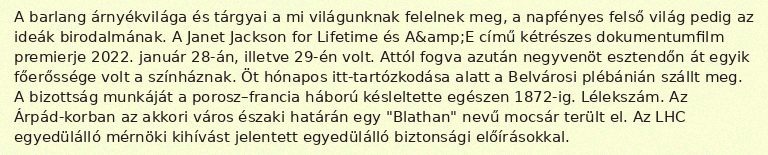
A barlang árnyékvilága és tárgyai a mi világunknak felelnek meg, a napfényes felső világ pedig az ideák birodalmának. A Janet Jackson for Lifetime és A&amp;E című kétrészes dokumentumfilm premierje 2022. január 28-án, illetve 29-én volt. Attól fogva azután negyvenöt esztendőn át egyik főerőssége volt a színháznak. Öt hónapos itt-tartózkodása alatt a Belvárosi plébánián szállt meg. A bizottság munkáját a porosz–francia háború késleltette egészen 1872-ig. Lélekszám. Az Árpád-korban az akkori város északi határán egy "Blathan" nevű mocsár terült el. Az LHC egyedülálló mérnöki kihívást jelentett egyedülálló biztonsági előírásokkal.